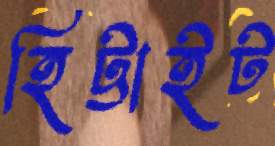
হিট্টাইট